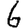
Digit: 6